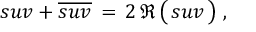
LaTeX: \; s u v + { \overline { { s u v } } } \, = \, 2 \, \Re \, { \bigl ( } \, s u v \, { \bigr ) } \; ,